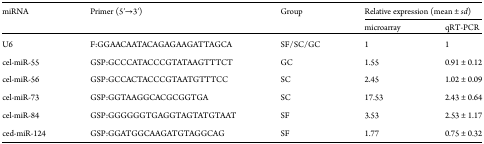
<table><thead><tr><td rowspan="2"><b>miRNA</b></td><td rowspan="2"><b>Primer (5′→3′)</b></td><td rowspan="2"><b>Group</b></td><td colspan="2"><b>Relative expression (mean ± <i>sd</i>)</b></td></tr><tr><td><b>microarray</b></td><td><b>qRT-PCR</b></td></tr></thead><tbody><tr><td>U6</td><td>F:GGAACAATACAGAGAAGATTAGCA</td><td>SF/SC/GC</td><td>1</td><td>1</td></tr><tr><td>cel-miR-55</td><td>GSP:GCCCATACCCGTATAAGTTTCT</td><td>GC</td><td>1.55</td><td>0.91 ± 0.12</td></tr><tr><td>cel-miR-56</td><td>GSP:GCCACTACCCGTAATGTTTCC</td><td>SC</td><td>2.45</td><td>1.02 ± 0.09</td></tr><tr><td>cel-miR-73</td><td>GSP:GGTAAGGCACGCGGTGA</td><td>SC</td><td>17.53</td><td>2.43 ± 0.64</td></tr><tr><td>cel-miR-84</td><td>GSP:GGGGGGTGAGGTAGTATGTAAT</td><td>SF</td><td>3.53</td><td>2.53 ± 1.17</td></tr><tr><td>ced-miR-124</td><td>GSP:GGATGGCAAGATGTAGGCAG</td><td>SF</td><td>1.77</td><td>0.75 ± 0.32</td></tr></tbody></table>